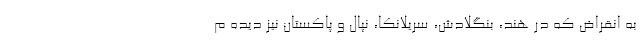
به انقراض که در هند، بنگلادش، سریلانکا، نپال و پاکستان نیز دیده م